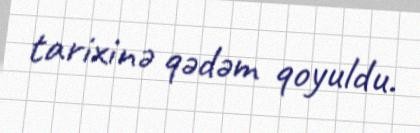
tarixinə qədəm qoyuldu.